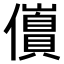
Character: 𫤀